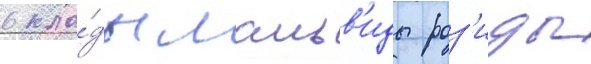
в кла́ды мальв'иды роз'иды